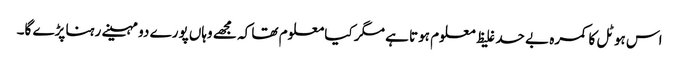
اس ہوٹل کا کمرہ بے حد غلیظ معلوم ہوتا ہے مگر کیا معلوم تھا کہ مجھے وہاں پورے دو مہینے رہنا پڑے گا۔